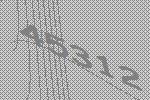
45312